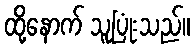
ထို့နောက် သူပြုံးသည်။